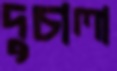
দুচালা